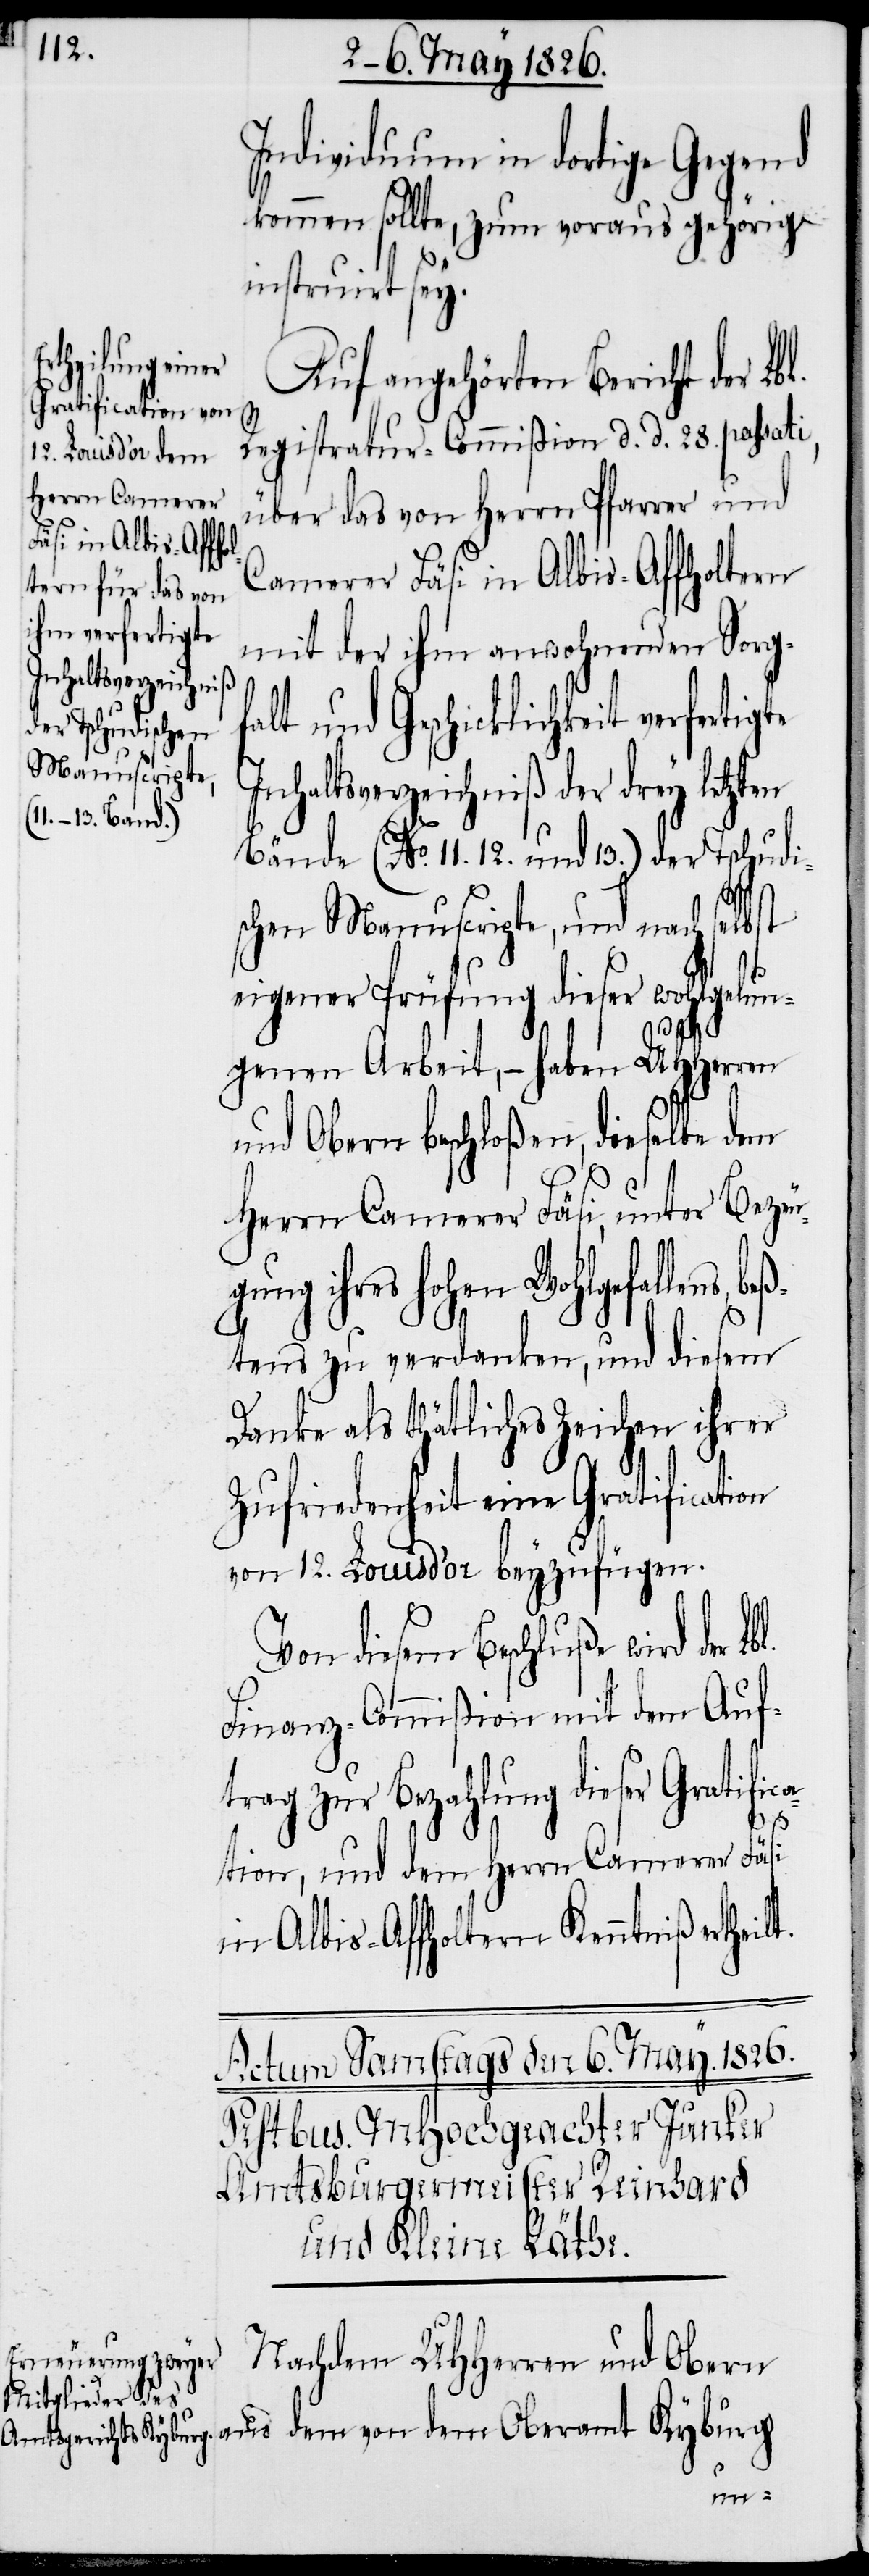
Individuum in dortige Gegend
kommen sollte, zum voraus gehörig
instruirt sey.
Auf angehörten Bericht der Lbl.
Registratur-Commißion d. d. 28. passati,
über das von Herrn Pfarrer und
Camerer Fäsi in Albis-Affholtern
it verfertigte
mit der ihm anwohnenden Sorg¬
falt und Geschicklichke¬
Inhaltsverzeichniß der drey letzten
Bände (No. 11. 12. und 13.) der Tschudi¬
schen Manuscripte, und nach selbst
eigener Prüfung dieser wohlgelun¬
genen Arbeit, – haben UHHerren
und Obern beschloßen, dieselbe dem
Herrn Camerer Fäsi unter Bezeu¬
aus dem von dem Oberamt
tens zu verdanken, und diesem
Danke als thätliches Zeichen
Zufriedenheit eine Gratification
von 12. Louis d’or beyzufügen.
Von diesem Beschluße wird der
Finanz-Commißion mit dem Auf¬
trag zur Bezahlung dieser Gratifica¬
tion, und dem Herrn Camerer Fäsi
in Albis-Affoltern Kenntniß ertheil¬
Nachdem UHHerren und Obern
t.
beß¬